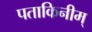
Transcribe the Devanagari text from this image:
पताकिनीम्